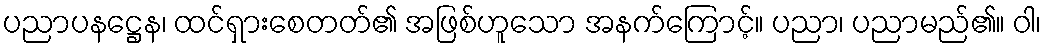
ပညာပနဋ္ဌေန၊ ထင်ရှားစေတတ်၏ အဖြစ်ဟူသော အနက်ကြောင့်။ ပညာ၊ ပညာမည်၏။ ဝါ၊